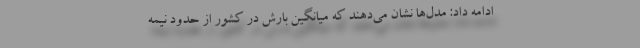
ادامه داد: مدل‌ها نشان می‌دهند که میانگین بارش در کشور از حدود نیمه